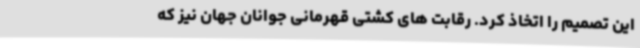
این تصمیم را اتخاذ کرد. رقابت های کشتی قهرمانی جوانان جهان نیز که